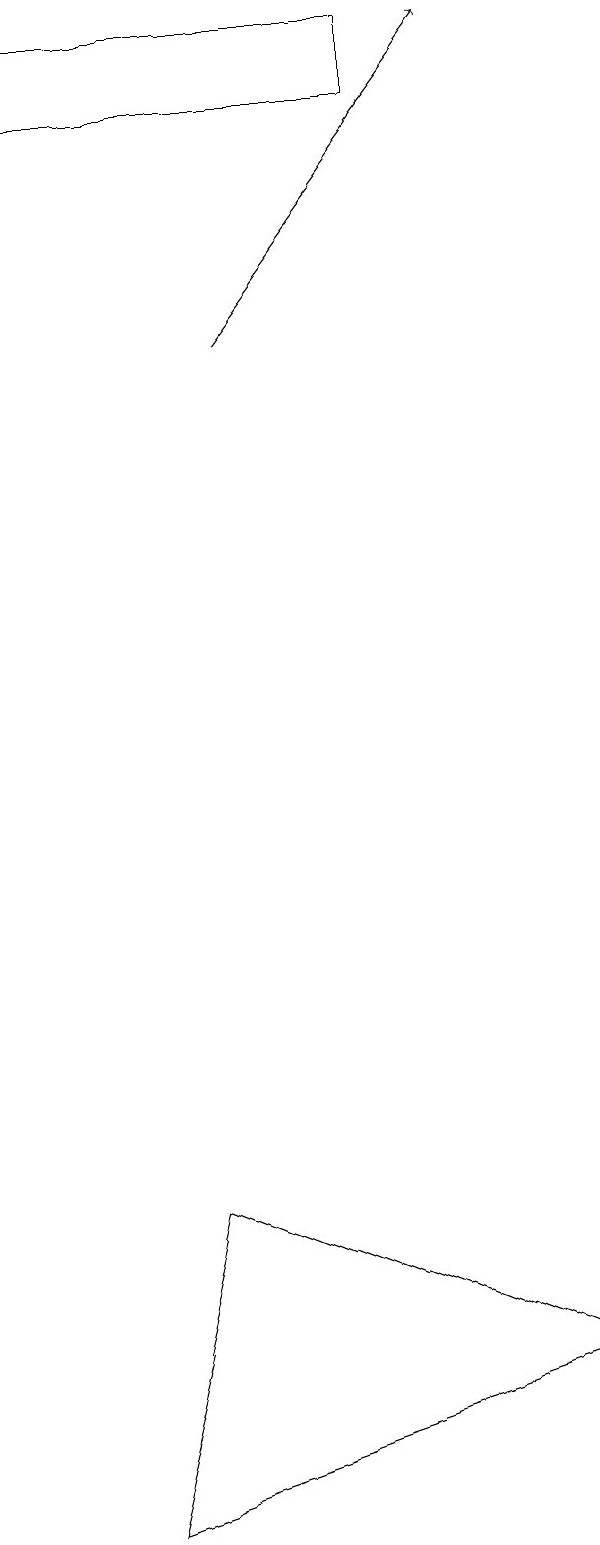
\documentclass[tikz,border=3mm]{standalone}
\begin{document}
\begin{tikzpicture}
\draw (2,4) -- (7,2) -- (1,0) -- cycle;
\draw (5,19) rectangle (0,18);
\draw[->] (3,15) -- (6,19);
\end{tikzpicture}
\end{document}